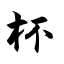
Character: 杯